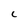
Character: C